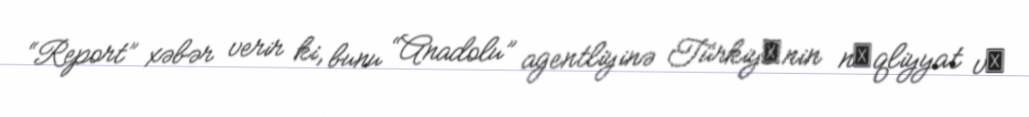
“Report” xəbər verir ki, bunu “Anadolu” agentliyinə Türkiyǝnin nǝqliyyat vǝ